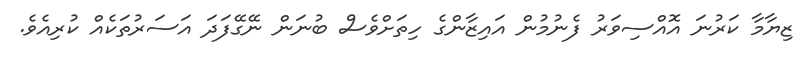
ޒިޔާމާ ކަރުނަ އޮއްސިވަރު ފެނުމުން އައިޒާންގެ ހިތަށްވެސް ބުނަން ނޭގޭފަދަ އަސަރުތަކެއް ކުރިއެވެ.